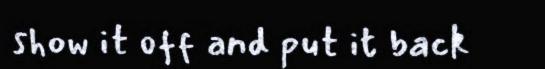
show it off and put it back